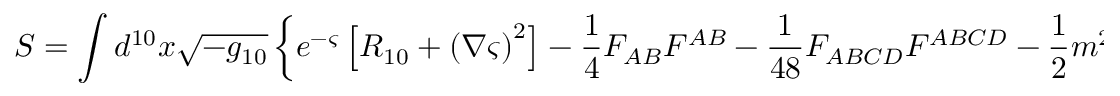
S = \int d ^ { 1 0 } x \sqrt { - g _ { 1 0 } } \left\{ e ^ { - \varsigma } \left[ R _ { 1 0 } + \left( \nabla \varsigma \right) ^ { 2 } \right] - \frac { 1 } { 4 } F _ { A B } F ^ { A B } - \frac { 1 } { 4 8 } F _ { A B C D } F ^ { A B C D } - \frac { 1 } { 2 } m ^ { 2 } \right\} ,